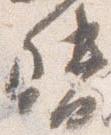
督